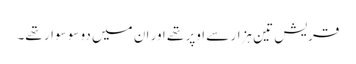
قریش تین ہزار سے اوپر تھے اور ان میں دو سو سوار تھے۔